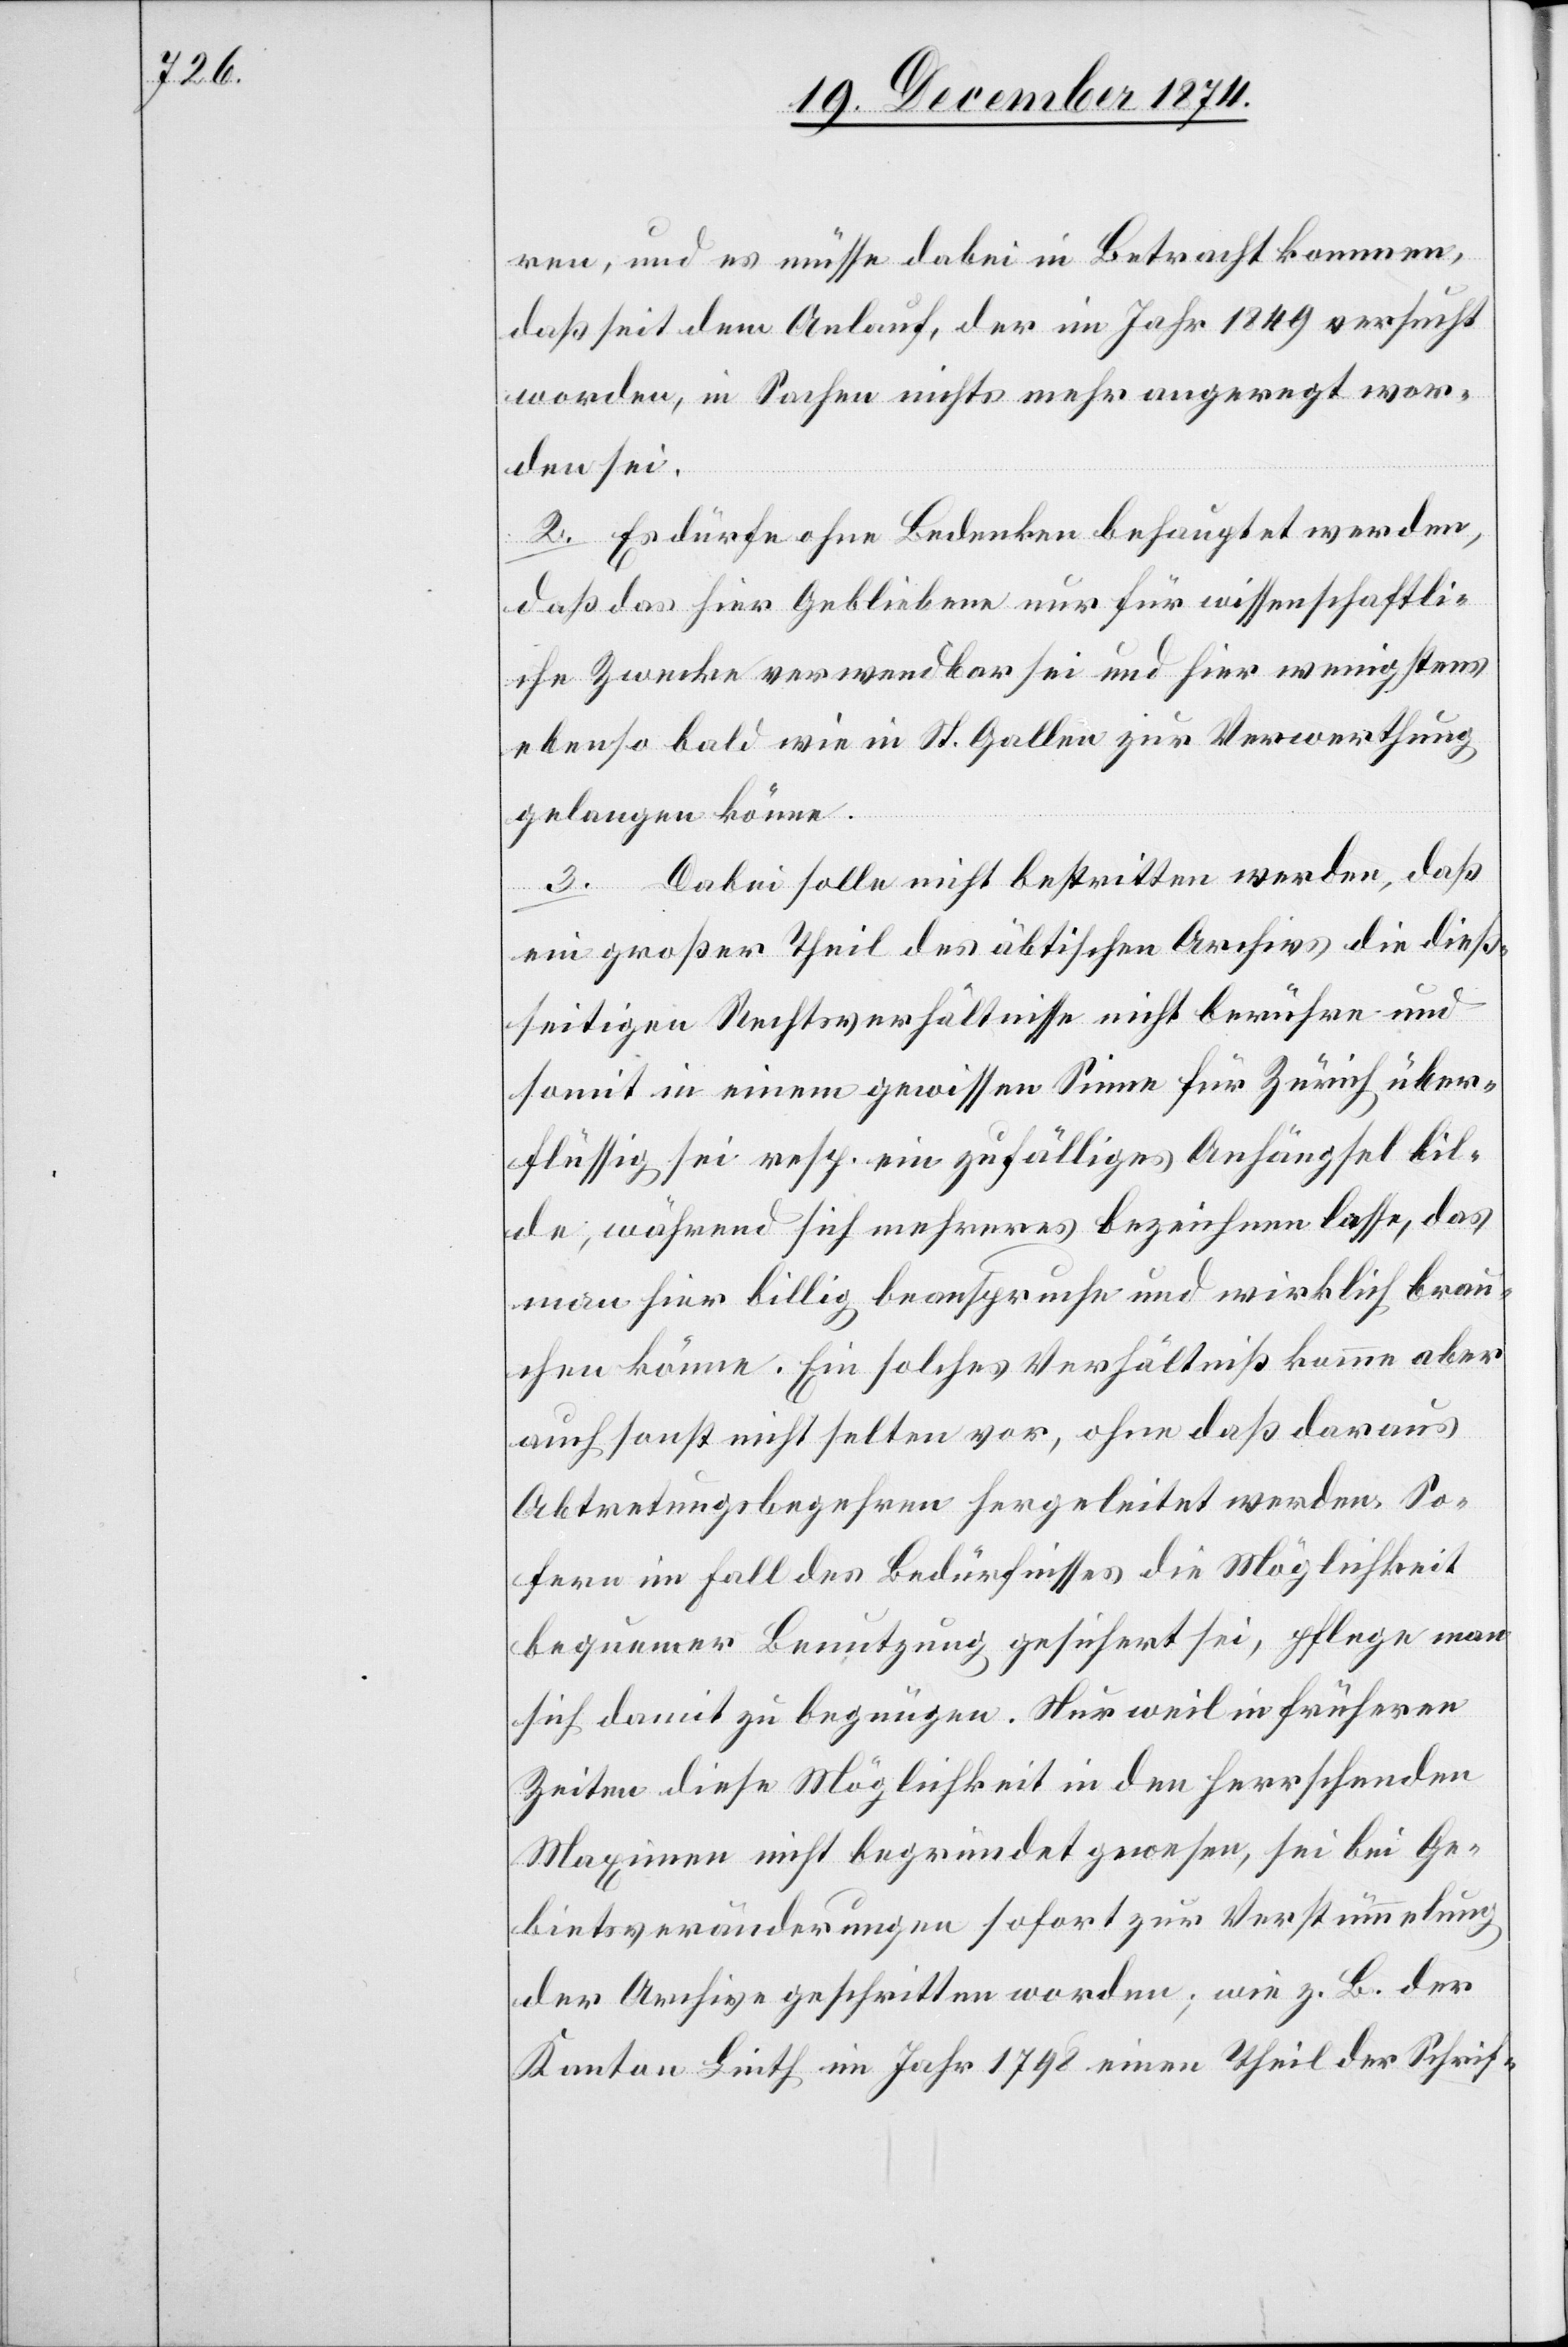
ren, und es müsse dabei in Betracht kommen,
daß seit dem Anlauf, der im Jahr 1849 versucht
worden, in Sachen nichts mehr angeregt wor¬
den sei.
2. Es dürfe ohne Bedenken behauptet werden,
daß das hier Gebliebene nur für wissenschaftli¬
che Zwecke verwendbar sei und hier wenigstens
ebenso bald wie in St. Gallen zur Verwerthung
gelangen könne.
3. Dabei solle nicht bestritten werden, daß
ein großer Theil des äbtischen Archivs die dieß¬
seitigen Rechtsverhältnisse nicht berühren und
somit in einem gewissen Sinne für Zürich über¬
flüssig sei resp. ein zufälliges Anhängsel bil¬
de, während sich mehreres bezeichnen lasse, das
man hier billig beanspruche und wirklich brau¬
chen könne. Ein solches Verhältniß komme aber
auch sonst nicht selten vor, ohne daß daraus
Abtretungsbegehren hergeleitet werden. So¬
fern im Fall des Bedürfnisses die Möglichkeit
bequemer Benutzung gesichert sei, pflege man
sich damit zu begnügen. Nur weil in früheren
Zeiten diese Möglichkeit in den herrschenden
Maximen nicht begründet gewesen, sei bei Ge¬
bietsveränderungen sofort zur Verstümmlung
der Archive geschritten worden; wie z. B. der
Kanton Linth im Jahr 1798 einen Theil der Schrif-